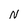
Character: N